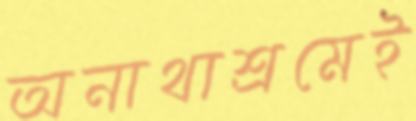
অনাথাশ্রমেই